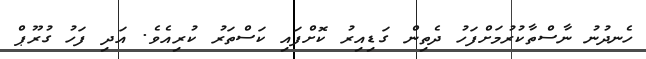
ހެނދުނު ނާސްތާކުރުމަށްފަހު ދެތިން ގަޑިއިރު ކޮށްފައި ކަސްތަރު ކުރިއެވެ. އަދި ފަހު ގުރޫޕް